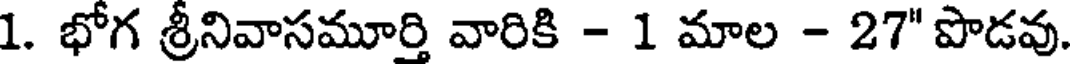
1. భోగ శ్రీనివాసమూర్తి వారికి - 1 మాల - 27" పొడవు.